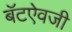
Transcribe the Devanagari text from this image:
बॅटऐवजी